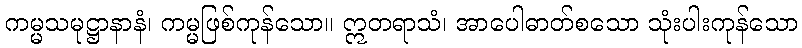
ကမ္မသမုဋ္ဌာနာနံ၊ ကမ္မဖြစ်ကုန်သော။ ဣတရာသံ၊ အာပေါဓာတ်စသော သုံးပါးကုန်သော